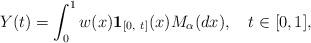
LaTeX: \begin{align*}Y(t)=\int_0^1 w(x)\mathbf{1}_{[0,\ t]}(x)M_\alpha ( dx),\ \ \ t \in [0,1],\end{align*}